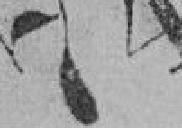
74